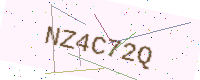
Text: NZ4C72Q